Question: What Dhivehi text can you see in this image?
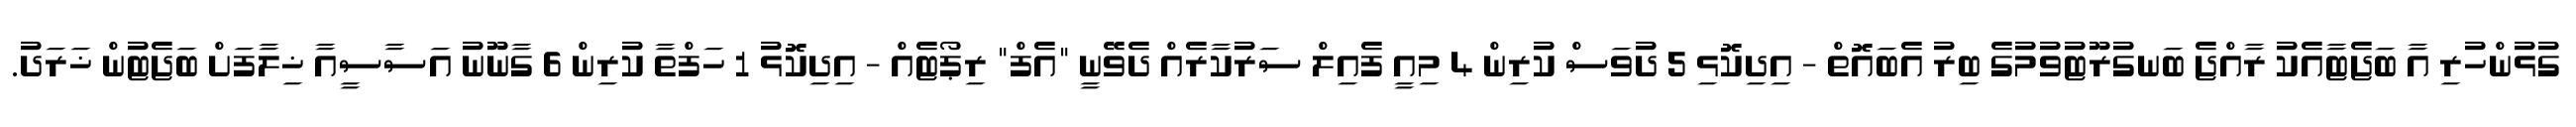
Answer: ގުޅުންހުރި އާ ބަޖެޓާއެކު ރާއްޖެ ބަނގުރޫޓުވުމުގެ ބިރު އެބައޮތް - އިދިކޮޅި 5 ދުވަސް ކުރިން 4 މިއީ ފެއިލް ސަރުކާރެއް ދެވޭނީ "އެފް" ރިޕޯޓެއް - އިދިކޮޅު 1 ހަފްތާ ކުރިން 6 ގާނޫނު އަސާސީއާ ޚިލާފަށް ބަޖެޓުން ޚަރަދު.